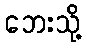
ဘေးသို့